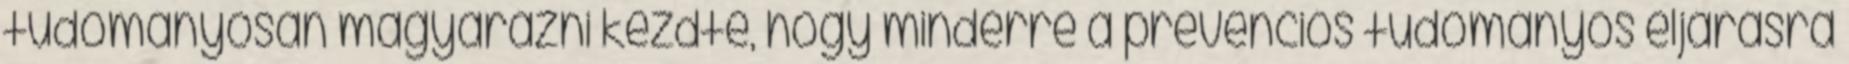
tudományosan magyarázni kezdte, hogy minderre a prevenciós tudományos eljárásra